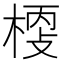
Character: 𣖀